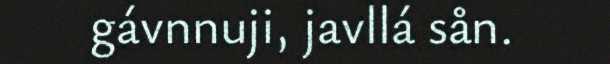
gávnnuji, javllá sån.